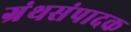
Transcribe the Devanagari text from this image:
ग्रंथसंपादक